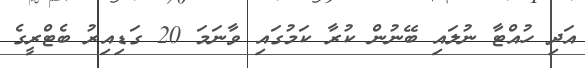
އަދި ހުއްޓާ ނުލައި ބޭނުން ކުރާ ކަމުގައި ވާނަމަ 20 ގަޑިއިރު ބެޓްރީގެ